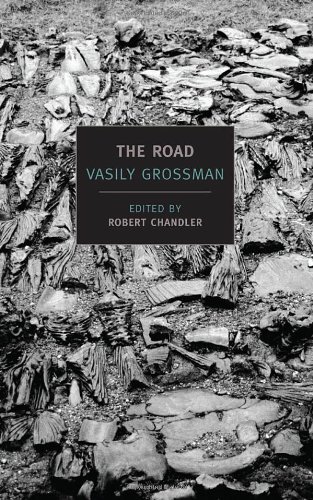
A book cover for The Road: Stories, Journalism, and Essays (New York Review Books Classics); Vasily Grossman; Literature & Fiction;